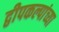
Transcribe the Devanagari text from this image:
द्वीपकल्पांच्या